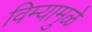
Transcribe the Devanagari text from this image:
विम्यामुळे